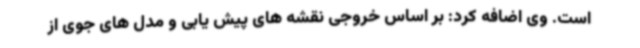
است. وی اضافه کرد: بر اساس خروجی نقشه های پیش یابی و مدل های جوی از